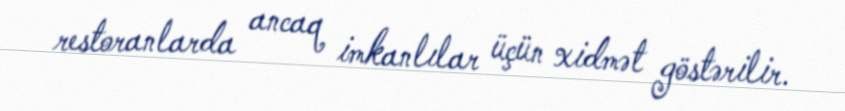
restoranlarda ancaq imkanlılar üçün xidmət göstərilir.